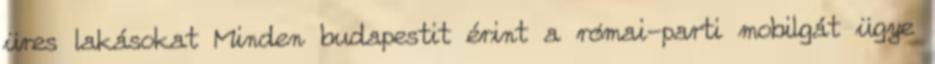
üres lakásokat Minden budapestit érint a római-parti mobilgát ügye